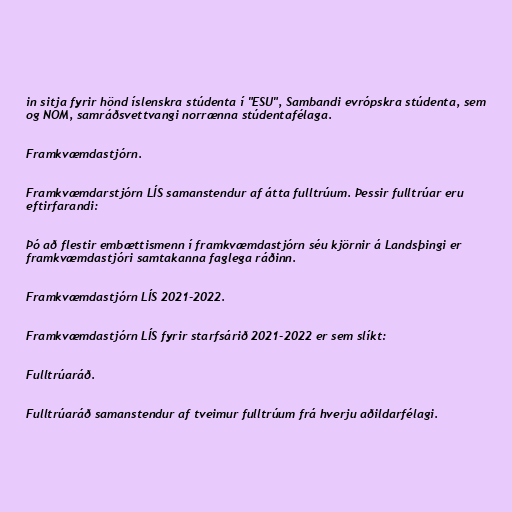
in sitja fyrir hönd íslenskra stúdenta í "ESU", Sambandi evrópskra stúdenta, sem
og NOM, samráðsvettvangi norrænna stúdentafélaga.

Framkvæmdastjórn.

Framkvæmdarstjórn LÍS samanstendur af átta fulltrúum. Þessir fulltrúar eru
eftirfarandi:

Þó að flestir embættismenn í framkvæmdastjórn séu kjörnir á Landsþingi er
framkvæmdastjóri samtakanna faglega ráðinn.

Framkvæmdastjórn LÍS 2021-2022.

Framkvæmdastjórn LÍS fyrir starfsárið 2021-2022 er sem slíkt:

Fulltrúaráð.

Fulltrúaráð samanstendur af tveimur fulltrúum frá hverju aðildarfélagi.